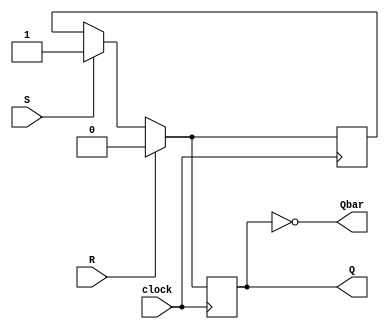
module sr_ff(
    input S,
    input R,
    input clock,
    output reg Q,
    output reg Qbar
);

reg master_latch, slave_latch;

always @(posedge clock) begin
    if (R) begin
        master_latch <= 0;
        slave_latch <= 0;
    end else if (S) begin
        master_latch <= 1;
        slave_latch <= 1;
    end else begin
        master_latch <= master_latch;
        slave_latch <= master_latch;
    end
end

assign Q = slave_latch;
assign Qbar = ~slave_latch;

endmodule